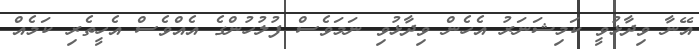
އޭނާ ވިދާޅުވީ ކަމިޝަނަރު އެހެން ވިދާޅުވި ނަމަވެސް ފުލުހުންގެ އެއްވެސް އެހީތެރި ކަމެއް